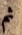
ثم